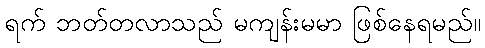
ရက် ဘတ်တလာသည် မကျန်းမမာ ဖြစ်နေရမည်။